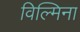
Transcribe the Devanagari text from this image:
विल्‍मिना